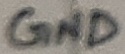
Text: GND